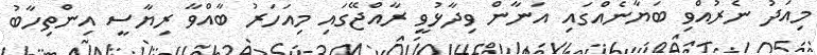
މިއަދު ނެރުއްވި ބަޔާނެއްގައި އަނާން ވިދާޅުވީ ރާއްޖޭގައި މިއަހަރު ބާއްވާ ރިޔާސީ އިންތިހާބު